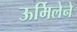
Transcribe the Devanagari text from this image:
ऊर्मिलेने